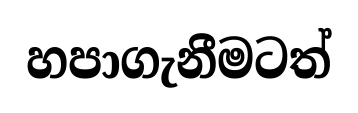
හපාගැනීමටත්